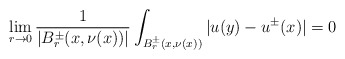
\begin{align*}\lim_{r\rightarrow 0} \frac{1}{|B_r^\pm(x,\nu(x))|}\int_{B_r^\pm(x,\nu(x))} |u(y)-u^\pm(x)|=0\end{align*}